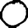
Digit: 0